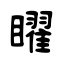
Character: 矅